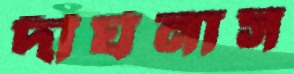
দীর্ঘনাস